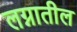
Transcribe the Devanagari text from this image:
लग्नातील